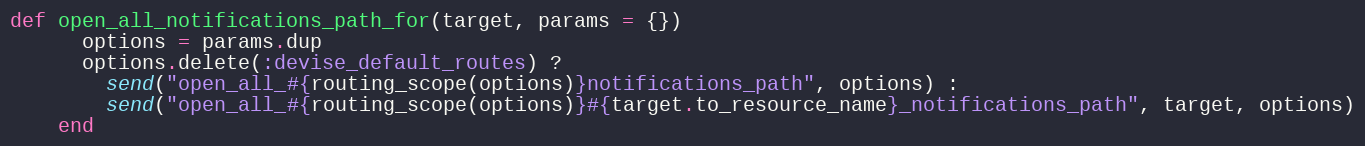
Language: Ruby
def open_all_notifications_path_for(target, params = {})
      options = params.dup
      options.delete(:devise_default_routes) ?
        send("open_all_#{routing_scope(options)}notifications_path", options) :
        send("open_all_#{routing_scope(options)}#{target.to_resource_name}_notifications_path", target, options)
    end